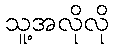
သူ့အလိုလို